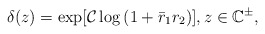
\begin{align*}\delta(z)= \exp [ {\mathcal{C} \log \left(1+\bar{r}_1 r_2\right)}] , z \in \mathbb{C}^{\pm},\end{align*}